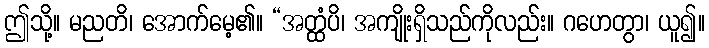
ဤသို့။ မညတိ၊ အောက်မေ့၏။ “အတ္ထံပိ၊ အကျိုးရှိသည်ကိုလည်း။ ဂဟေတွာ၊ ယူ၍။